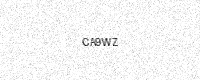
Text: CA9WZ